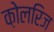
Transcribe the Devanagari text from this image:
क़ोलरिज